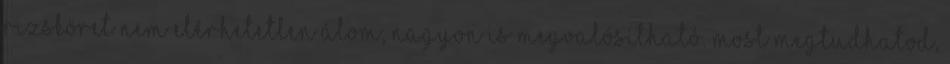
rizsköret nem elérhetetlen álom, nagyon is megvalósítható. Most megtudhatod,